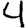
Digit: 4